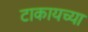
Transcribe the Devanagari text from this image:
टाकायच्या